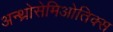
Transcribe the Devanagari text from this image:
अन्थ्रोसेमिओतिक्स